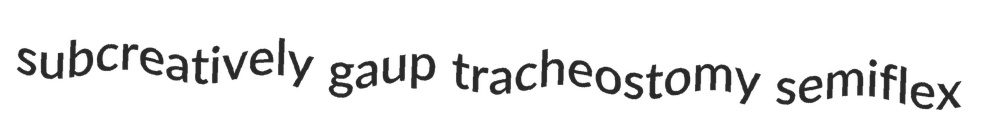
subcreatively gaup tracheostomy semiflex